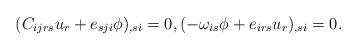
LaTeX: \begin{align*}(C_{ijrs}u_r+e_{sji}\phi)_{,si}=0,(-\omega_{is}\phi+e_{irs}u_r)_{,si}=0.\end{align*}